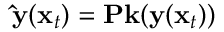
\mathbf { \hat { y } } ( \mathbf x _ { t } ) = \mathbf P \mathbf { k } ( \mathbf y ( \mathbf x _ { t } ) )